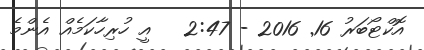
އޮކްޓޯބަރު 16